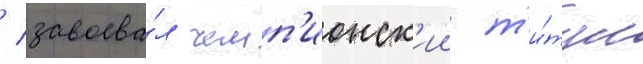
/ завоева́л чемп'ионск'ии т'и́тул